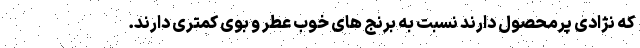
که نژادی پرمحصول دارند نسبت به برنج های خوب عطر و بوی کمتری دارند.